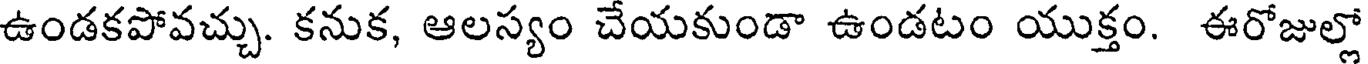
ఉండకపోవచ్చు. కనుక, ఆలస్యం చేయకుండా ఉండటం యుక్తం. ఈరోజుల్లో